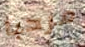
مرحبا